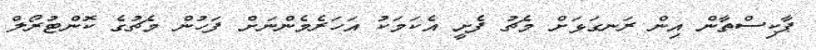
ޕާކިސްތާން އިން ރަނގަޅަށް މެޗު ފެށީ އެކަމަކު އަހަރެމެންނަށް ފަހުން މެޗުގެ ކޮންޓުރޯލް